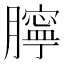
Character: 𦡲